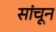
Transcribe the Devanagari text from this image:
सांचून